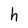
Character: h